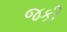
જકી